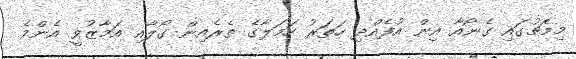
މިމެޗުގައި ގެނޯއާ އިން އުފެއްދި ހަތަރު ހަމަލާގެ ތެރެއިން ގޯލާއި އަމާޒުވީ އެންމެ